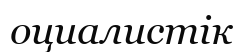
оциалистік